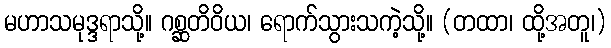
မဟာသမုဒ္ဒရာသို့။ ဂစ္ဆတိဝိယ၊ ရောက်သွားသကဲ့သို့။ (တထာ၊ ထို့အတူ၊)